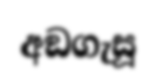
අඞගැසූ